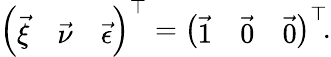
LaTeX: \left(\begin{array}{lll}{\vec{\xi}}&{\vec{\nu}}&{\vec{\epsilon}}\end{array}\right)^{\top}=\left(\begin{array}{lll}{\vec{1}}&{\vec{0}}&{\vec{0}}\end{array}\right)^{\top}\! .